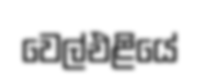
වෙල්එළියේ